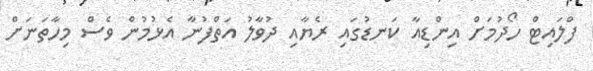
ފްލައިޓް ހޯދުމަށް އިންޑިއާ ކަނޑުގައި ރެޔާއި ދުވާލު އަތްފުނާ އެޅުމުން ވެސް މިހާތަނަށް